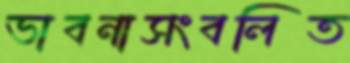
ভাবনাসংবলিত